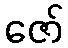
ဇော်